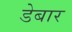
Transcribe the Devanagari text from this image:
डेबार